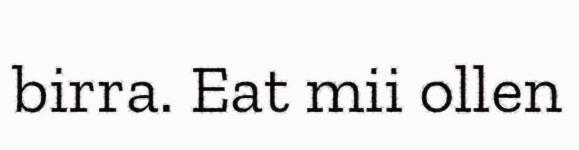
birra. Eat mii ollen